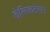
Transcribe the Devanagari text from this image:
डेलिकटेसन